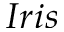
I r i s